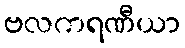
ဗလကရဏီယာ